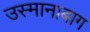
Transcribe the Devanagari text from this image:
उस्मानाबाग